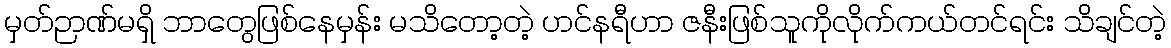
မှတ်ဉာဏ်မရှိ ဘာတွေဖြစ်နေမှန်း မသိတော့တဲ့ ဟင်နရီဟာ ဇနီးဖြစ်သူကိုလိုက်ကယ်တင်ရင်း သိချင်တဲ့